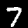
Digit: 7